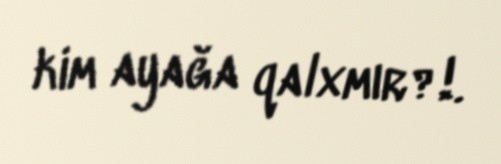
kim ayağa qalxmır?!.